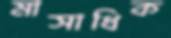
মাসাধিক